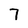
Character: 7